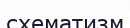
схематизм